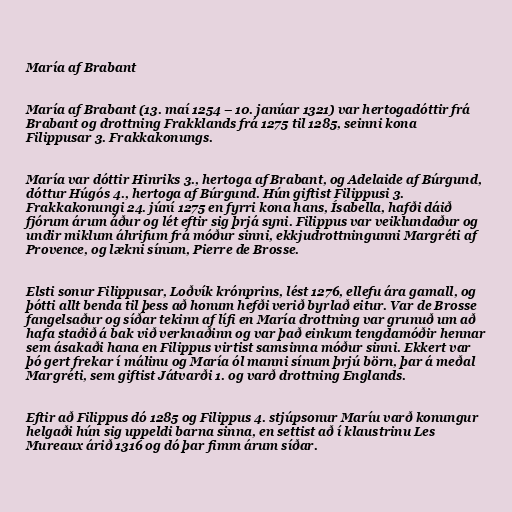
María af Brabant

María af Brabant (13. maí 1254 – 10. janúar 1321) var hertogadóttir frá
Brabant og drottning Frakklands frá 1275 til 1285, seinni kona
Filippusar 3. Frakkakonungs.

María var dóttir Hinriks 3., hertoga af Brabant, og Adelaide af Búrgund,
dóttur Húgós 4., hertoga af Búrgund. Hún giftist Filippusi 3.
Frakkakonungi 24. júní 1275 en fyrri kona hans, Ísabella, hafði dáið
fjórum árum áður og lét eftir sig þrjá syni. Filippus var veiklundaður og
undir miklum áhrifum frá móður sinni, ekkjudrottningunni Margréti af
Provence, og lækni sínum, Pierre de Brosse.

Elsti sonur Filippusar, Loðvík krónprins, lést 1276, ellefu ára gamall, og
þótti allt benda til þess að honum hefði verið byrlað eitur. Var de Brosse
fangelsaður og síðar tekinn af lífi en María drottning var grunuð um að
hafa staðið á bak við verknaðinn og var það einkum tengdamóðir hennar
sem ásakaði hana en Filippus virtist samsinna móður sinni. Ekkert var
þó gert frekar í málinu og María ól manni sínum þrjú börn, þar á meðal
Margréti, sem giftist Játvarði 1. og varð drottning Englands.

Eftir að Filippus dó 1285 og Filippus 4. stjúpsonur Maríu varð konungur
helgaði hún sig uppeldi barna sinna, en settist að í klaustrinu Les
Mureaux árið 1316 og dó þar fimm árum síðar.